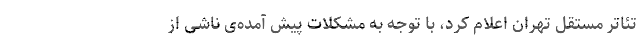
تئاتر مستقل تهران اعلام کرد، با توجه به مشکلات پیش آمده‌ی ناشی از